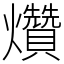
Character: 𤓎